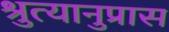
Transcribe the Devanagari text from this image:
श्रुत्यानुप्रास